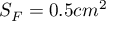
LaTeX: S _ { F } = 0 . 5 c m ^ { 2 }